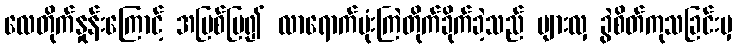
လေတိုက်နှုန်းကြောင့် အပြစ်ပြ၍ လာရောက်ဗုံးကြဲတိုက်ခိုက်ခဲ့သည် များလှ ခွဲစိတ်ကုသခြင်းမှ